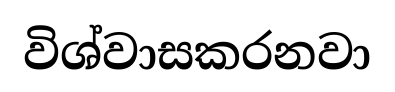
විශ්වාසකරනවා